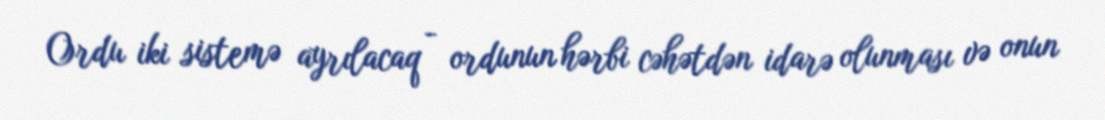
Ordu iki sistemə ayrılacaq - ordunun hərbi cəhətdən idarə olunması və onun